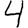
Digit: 4